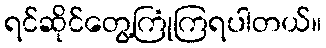
ရင်ဆိုင်တွေ့ကြုံကြရပါတယ်။